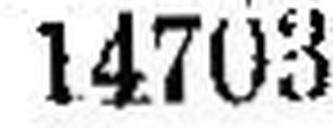
14703